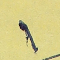
١